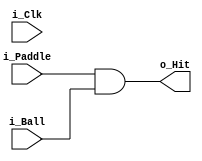
/*
------------------------------------------------------------------
  Signals if the paddle hits the ball.
------------------------------------------------------------------
*/

module Hit_Detector(
  input  i_Clk,
  input  i_Ball,
  input  i_Paddle,
  output o_Hit);

  assign o_Hit = i_Paddle & i_Ball;

endmodule